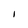
Character: I